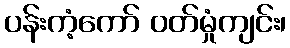
ပန်းကံ့ကော် ဝတ်မှုံကျင်း၊